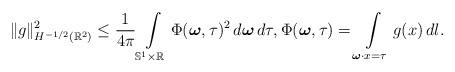
LaTeX: \begin{align*} \|g\|_{H^{-1/2}(\mathbb R^2)}^2\leq \frac{1}{4\pi}\int\limits_{\mathbb S^1\times \mathbb R} \Phi(\boldsymbol \omega, \tau)^2\,d\boldsymbol \omega\, d\tau, \Phi(\boldsymbol \omega, \tau)=\int\limits_{\boldsymbol \omega \cdot x=\tau} g(x)\, dl.\end{align*}